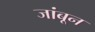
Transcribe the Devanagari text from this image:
जांबून